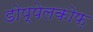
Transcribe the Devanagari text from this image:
डोप्पेलकोफ़